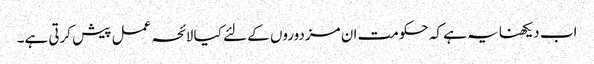
اب دیکھنا یہ ہے کہ حکومت ان مزدوروں کے لئے کیا لائحہ عمل پیش کرتی ہے۔